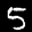
Label: 5